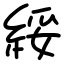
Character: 綏